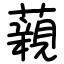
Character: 藽